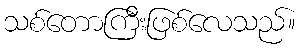
သစ်တောကြီးဖြစ်လေသည်။